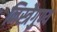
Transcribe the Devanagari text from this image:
निस्त्रैगुण्य